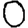
Digit: 0